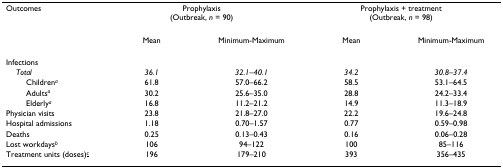
<table><thead><tr><td><b>Outcomes</b></td><td colspan="2"><b>Prophylaxis(Outbreak, <i>n </i>= 90)</b></td><td colspan="2"><b>Prophylaxis + treatment(Outbreak, <i>n </i>= 98)</b></td></tr><tr><td></td><td><b>Mean</b></td><td><b>Minimum-Maximum</b></td><td><b>Mean</b></td><td><b>Minimum-Maximum</b></td></tr></thead><tbody><tr><td>Infections</td><td></td><td></td><td></td><td></td></tr><tr><td> <i>Total</i></td><td><i>36.1</i></td><td><i>32.1–40.1</i></td><td><i>34.2</i></td><td><i>30.8–37.4</i></td></tr><tr><td>Children<sup><i>a</i></sup></td><td>61.8</td><td>57.0–66.2</td><td>58.5</td><td>53.1–64.5</td></tr><tr><td>Adults<sup><i>a</i></sup></td><td>30.2</td><td>25.6–35.0</td><td>28.8</td><td>24.2–33.4</td></tr><tr><td>Elderly<sup><i>a</i></sup></td><td>16.8</td><td>11.2–21.2</td><td>14.9</td><td>11.3–18.9</td></tr><tr><td>Physician visits</td><td>23.8</td><td>21.8–27.0</td><td>22.2</td><td>19.6–24.8</td></tr><tr><td>Hospital admissions</td><td>1.18</td><td>0.70–1.57</td><td>0.77</td><td>0.59–0.98</td></tr><tr><td>Deaths</td><td>0.25</td><td>0.13–0.43</td><td>0.16</td><td>0.06–0.28</td></tr><tr><td>Lost workdays<sup><i>b</i></sup></td><td>106</td><td>94–122</td><td>100</td><td>85–116</td></tr><tr><td>Treatment units (doses)<sup><i><underline>c</underline></i></sup></td><td>196</td><td>179–210</td><td>393</td><td>356–435</td></tr></tbody></table>